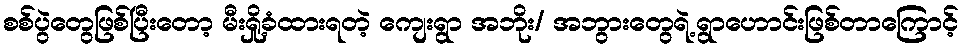
စစ်ပွဲတွေဖြစ်ပြီးတော့ မီးရှို့ခံထားရတဲ့ ကျေးရွာ အဘိုး/ အဘွားတွေရဲ့ရွာဟောင်းဖြစ်တာကြောင့်